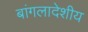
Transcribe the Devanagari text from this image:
बांगलादेशीय